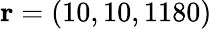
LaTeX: {\mathbf r}=(10,10,1180)